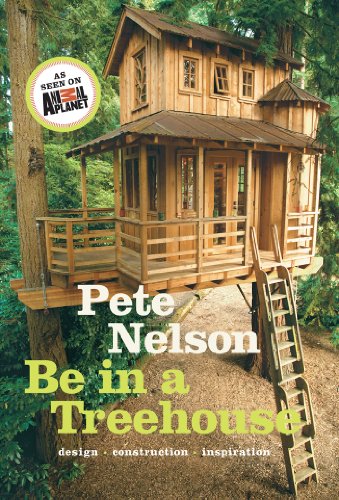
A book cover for Be in a Treehouse: Design / Construction / Inspiration; Pete Nelson; Crafts, Hobbies & Home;